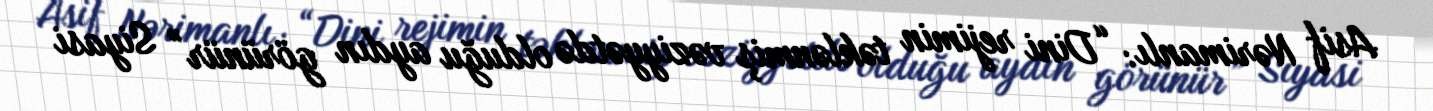
Asif Nərimanlı: “Dini rejimin təklənmiş vəziyyətdə olduğu aydın görünür” Siyasi